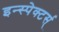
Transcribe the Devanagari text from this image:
इन्स्पेक्टर्स्